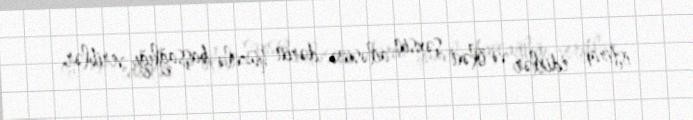
iştirak edirlər və ölən şəxsin ailəsinə dərin hüznlə başsağlığı veriblər.